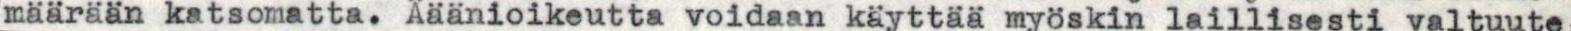
määrään katsomatta. Ääänioikeutta voidaan käyttää myöskin laillisesti valtuute